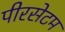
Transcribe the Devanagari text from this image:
पीरसेटम